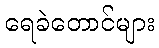
ရေခဲတောင်များ